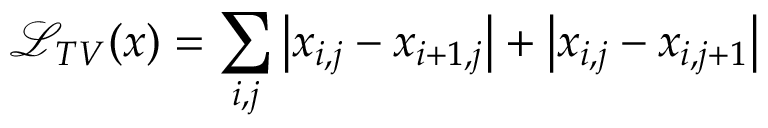
\mathcal { L } _ { T V } ( x ) = \sum _ { i , j } \left| x _ { i , j } - x _ { i + 1 , j } \right| + \left| x _ { i , j } - x _ { i , j + 1 } \right|